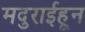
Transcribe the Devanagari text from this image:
मदुराईहून